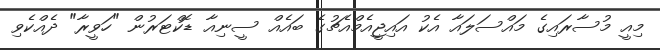
މިއީ މުސާރައިގެ މައްސަލައާ އެކު އައިޖީއެމްއެޗުގެ ބައެއް ސީނިއާ ޑޮކްޓަރުން "ހަވީރާ" ދެއްކެވި